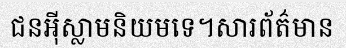
ជនអ៊ីស្លាមនិយមទេ។សារព័ត៌មាន